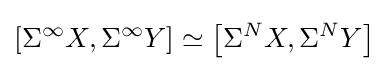
\left[\Sigma ^{\infty }X,\Sigma ^{\infty }Y\right]\simeq \left[\Sigma ^{N}X,\Sigma ^{N}Y\right]